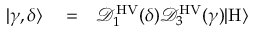
\begin{array} { r l r } { | \gamma , \delta \rangle } & { { } = } & { \mathcal { D } _ { 1 } ^ { \mathrm { H V } } ( \delta ) \mathcal { D } _ { 3 } ^ { \mathrm { H V } } ( \gamma ) | \mathrm { H } \rangle } \end{array}